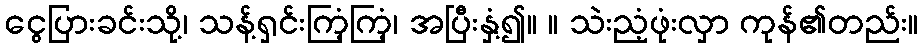
ငွေပြားခင်းသို့၊ သန့်ရှင်းကြံ့ကြံ့၊ အပြီးနှံ့၍။ ။ သဲးညံ့ဖုံးလှာ ကုန်၏တည်း။